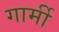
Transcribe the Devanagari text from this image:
गार्मी